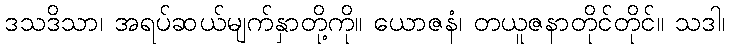
ဒသဒိသာ၊ အရပ်ဆယ်မျက်နှာတို့ကို။ ယောဇနံ၊ တယူဇနာတိုင်တိုင်။ သဒါ၊